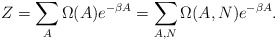
\begin{align*} Z = \sum_{A} \Omega(A) e^{-\beta A} = \sum_{A,N} \Omega(A,N) e^{-\beta A}.\end{align*}